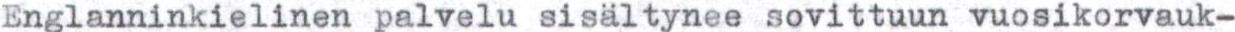
Englanninkielinen palvelu sisältynee sovittuun vuosikorvauk-